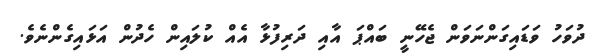
ދުވަހު ވަޑައިގަންނަވަން ޖެހޭނީ ބައްޕަ އާއި ދަރިފުޅާ އެއް ކުލައިން ހެދުން އަޅައިގެންނެވެ.